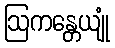
ဩကန္တေယျုံ